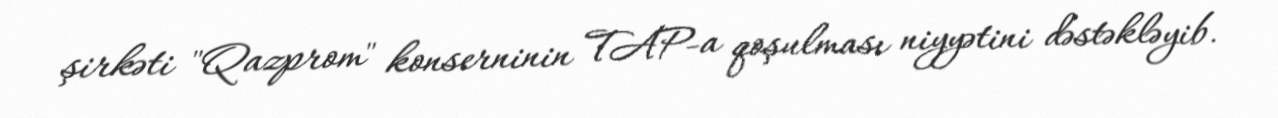
şirkəti "Qazprom" konserninin TAP-a qoşulması niyyətini dəstəkləyib.